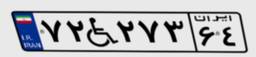
۷۲W۲۷۳۶۴